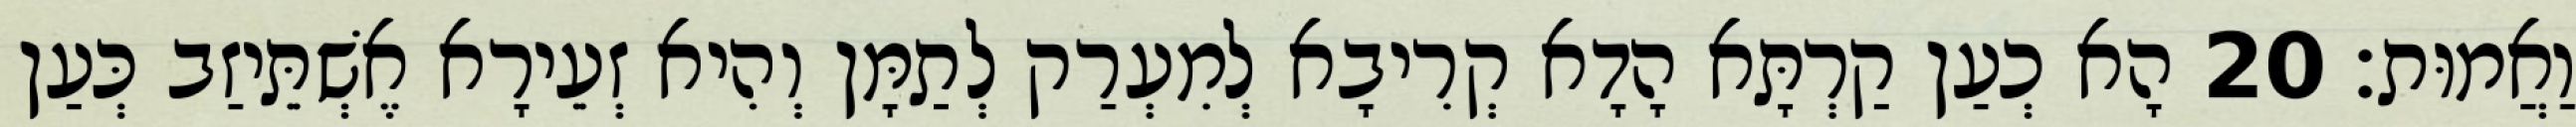
וַאֲמוּת׃ 20 הָא כְעַן קַרְתָּא הָדָא קְרִיבָא לְמִעְרַק לְתַמָּן וְהִיא זְעֵירָא אֶשְׁתֵּיזַב כְּעַן